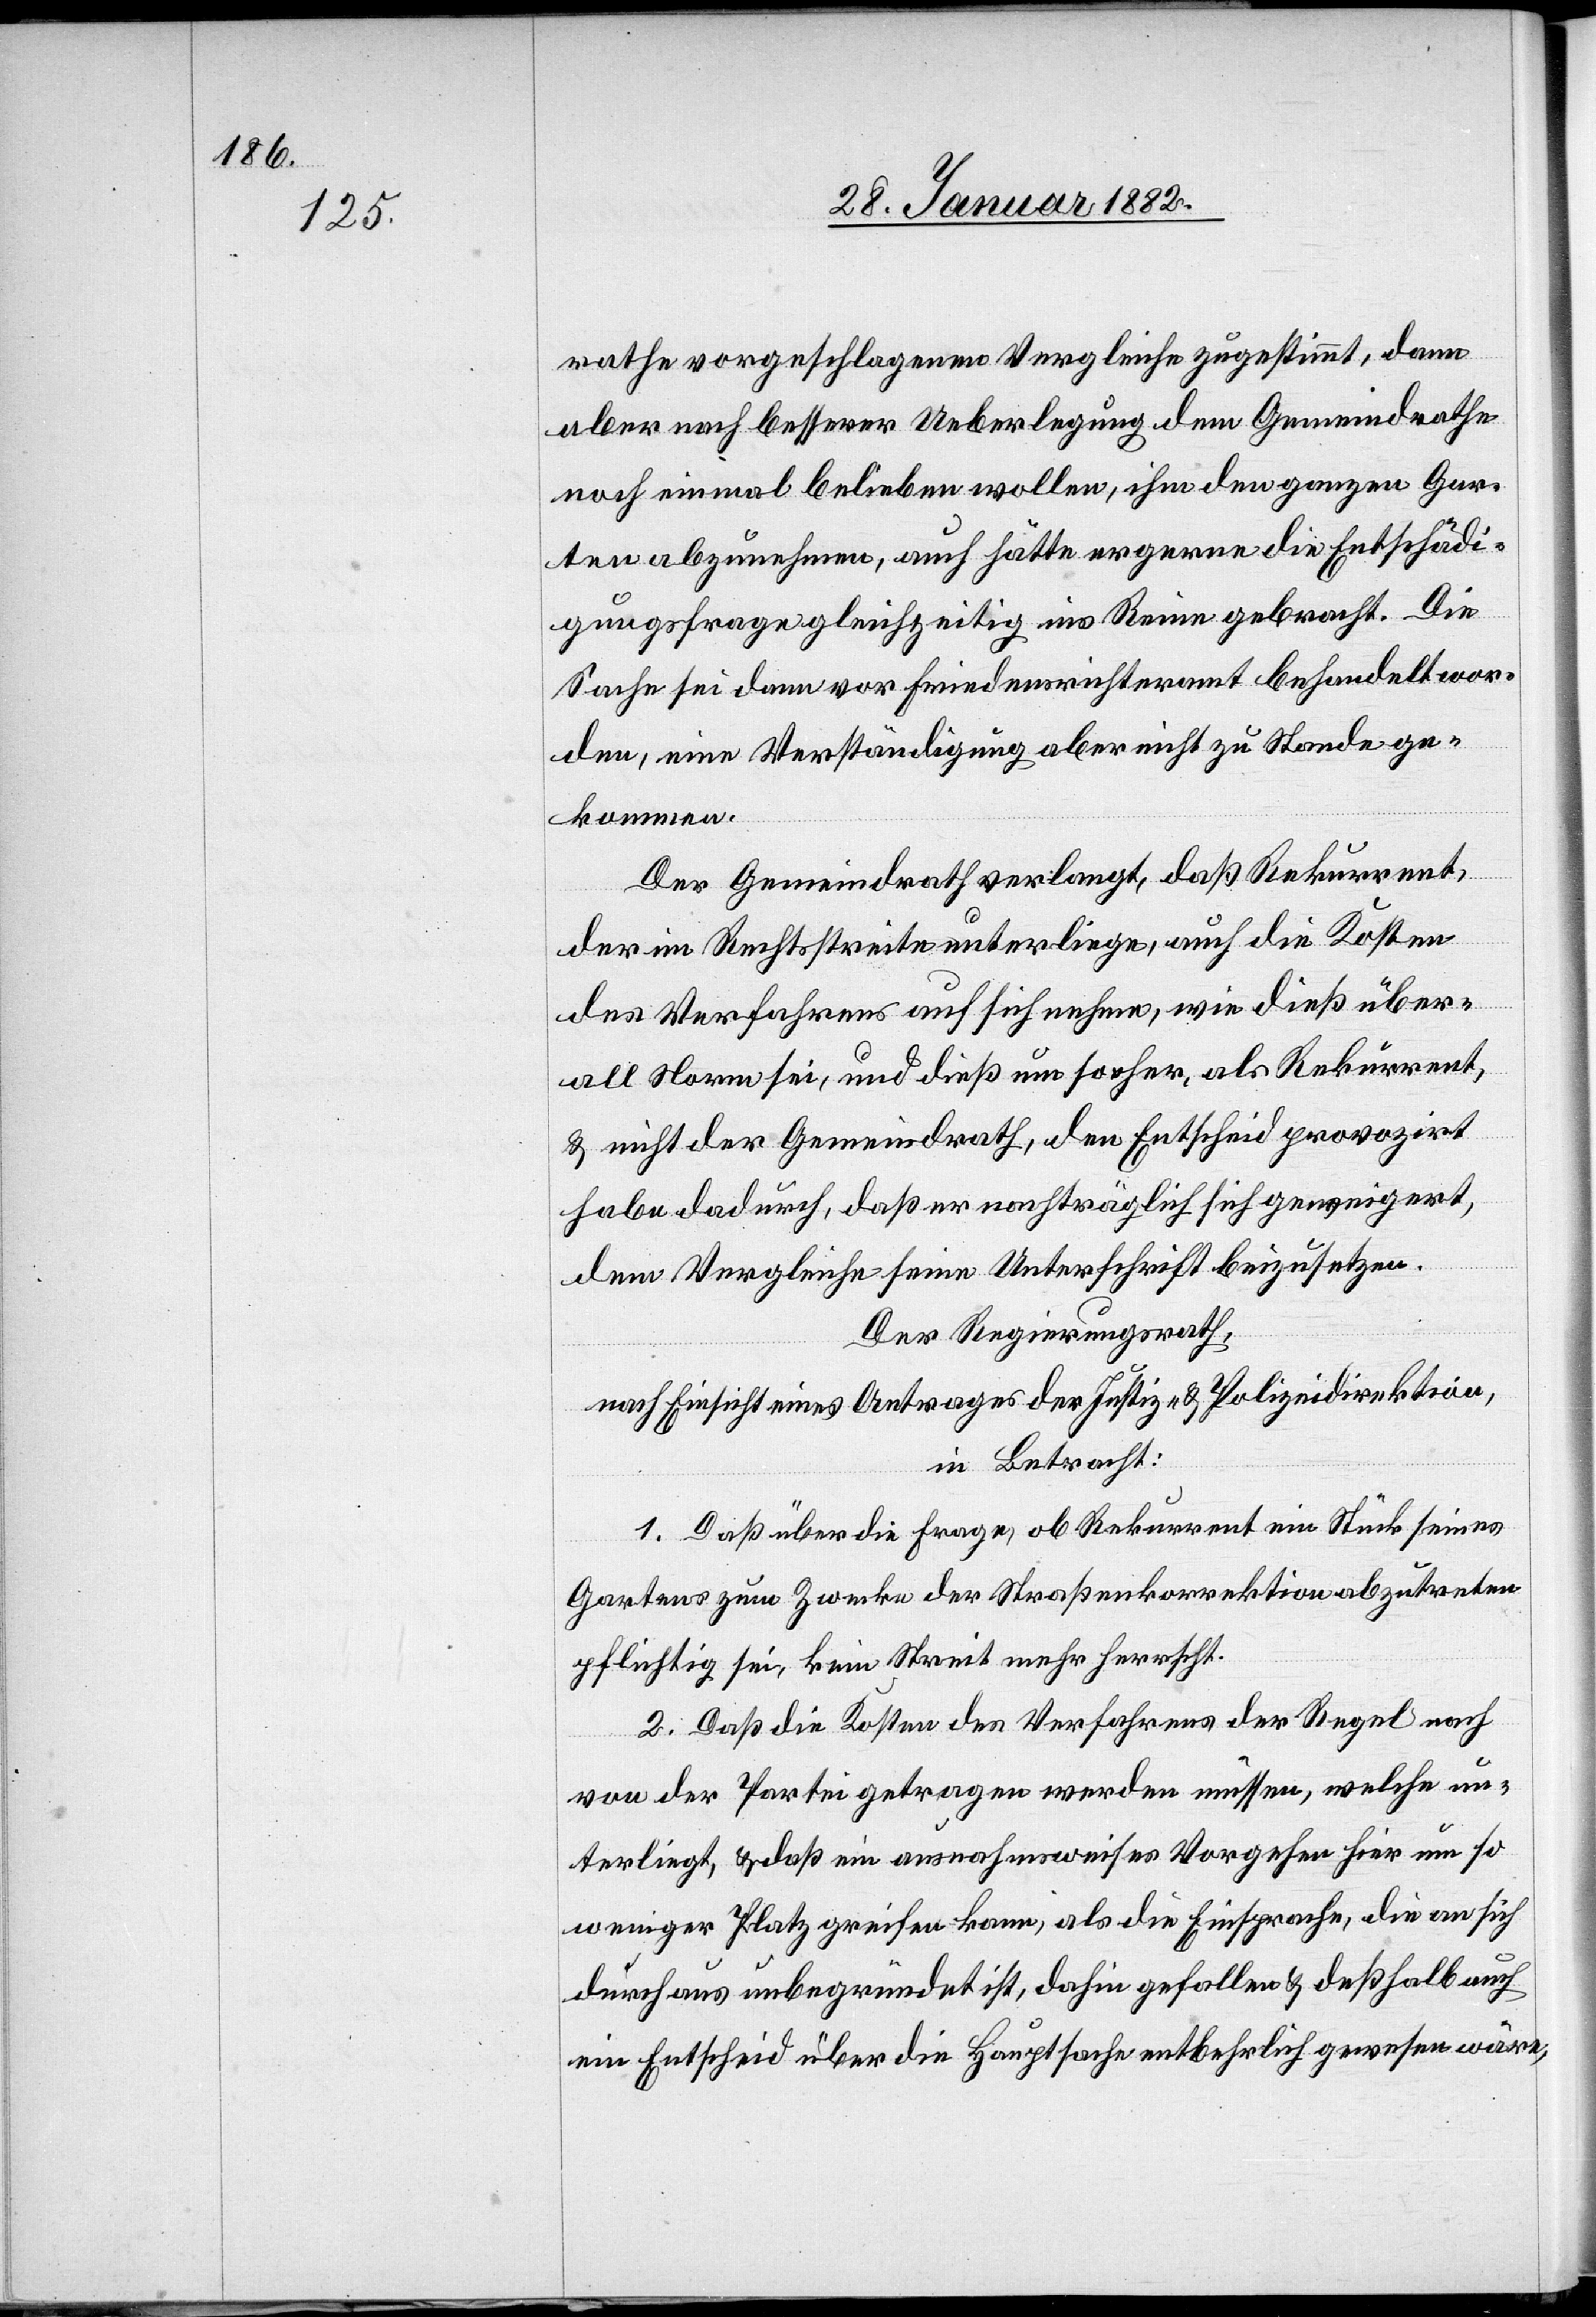
rathe vorgeschlagenem Vergleiche zugestimmt, dann
aber nach besserer Ueberlegung dem Gemeindrathe
noch einmal belieben wollen, ihm den ganzen Gar¬
ten abzunehmen, auch hätte er gerne die Entschädi¬
gungsfrage gleichzeitig ins Reine gebracht. Die
Sache sei dann vor Friedensrichteramt behandelt wor¬
den, eine Verständigung aber nicht zu Stande ge¬
kommen.
Der Gemeindrath verlangt, daß Rekurrent,
der im Rechtsstreite unterliege, auch die Kosten
des Verfahrens auf sich nehme, wie dieß über¬
all Norm sei, und dieß um so eher, als Rekurrent,
& nicht der Gemeindrath, den Entscheid provozirt
habe dadurch, daß er nachträglich sich geweigert,
dem Vergleiche seine Unterschrift beizusetzen.
Der Regierungsrath,
nach Einsicht eines Antrages der Justiz- & Polizeidirektion,
in Betracht:
1. Daß über die Frage, ob Rekurrent ein Stück seines
Gartens zum Zwecke der Straßenkorrektion abzutreten
pflichtig sei, kein Streit mehr herrscht.
2. Daß die Kosten des Verfahrens der Regel nach
von der Partei getragen werden müsse, welche un¬
terliegt, & daß ein ausnahmsweises Vorgehen hier um so
weniger Platz greifen kann, als die Einsprache, die an sich
durchaus unbegründet ist, dahin gefallen & deßhalb auch
ein Entscheid über die Hauptsache entbehrlich gewesen wäre,